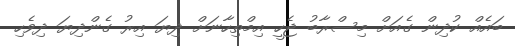
ބައެއް ކުދިން ގެއަށް މިސްރާބު ޖެހީ އިމްތިހާނަށް ދިޔަ އިރު ގެންދިޔަ ދިވެހި